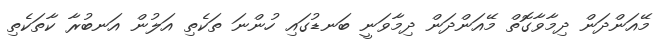
މޭއަންދަން ދިމާވާގޮތް މޭއަންދަން ދިމާވަނީ ބަނޑުގައި ހުންނަ ތަކެތި އަލުން އަނބުރާ ކާތަކެތި